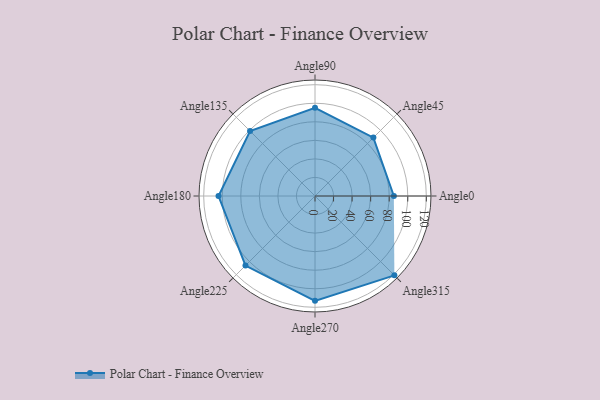
{"axis": {"x": "Angle", "y": "Radius"}, "legend": [""], "data": [{"x": "Angle0", "y": 85.0, "type": ""}, {"x": "Angle45", "y": 89.0, "type": ""}, {"x": "Angle90", "y": 95.0, "type": ""}, {"x": "Angle135", "y": 99.0, "type": ""}, {"x": "Angle180", "y": 104.0, "type": ""}, {"x": "Angle225", "y": 106.0, "type": ""}, {"x": "Angle270", "y": 113.0, "type": ""}, {"x": "Angle315", "y": 121.0, "type": ""}]}